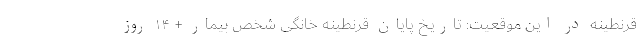
قرنطینه در این موقعیت: تاریخ پایان قرنطینه خانگی شخص بیمار + ۱۴ روز